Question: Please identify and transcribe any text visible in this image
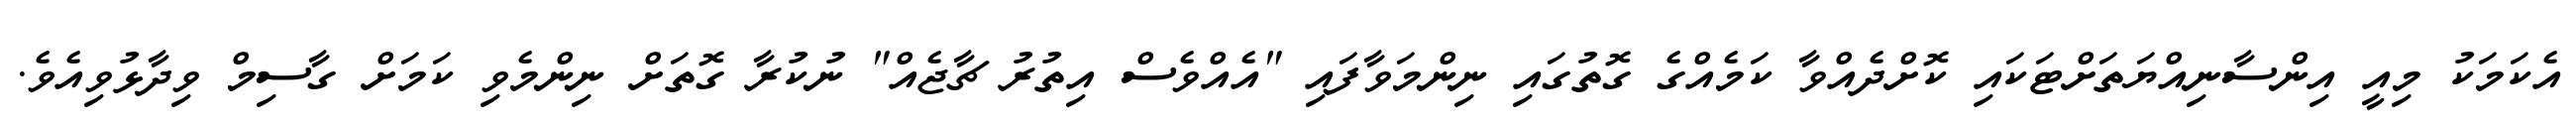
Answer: އެކަމަކު މިއީ އިންސާނިއްޔަތަށްޓަކައި ކޮށްދެއްވާ ކަމެއްގެ ގޮތުގައި ނިންމަވާފައި "އެއްވެސް އިތުރު ޗާޖެއް" ނުކުރާ ގޮތަށް ނިންމެވި ކަމަށް ގާސިމް ވިދާޅުވިއެވެ.